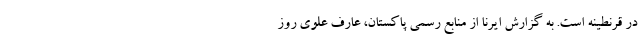
در قرنطینه است. به گزارش ایرنا از منابع رسمی پاکستان، عارف علوی روز